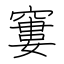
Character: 窶